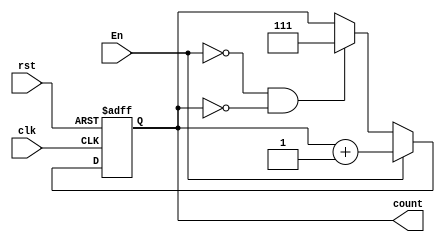
`timescale 1ns / 1ps
//////////////////////////////////////////////////////////////////////////////////
// Company: 
// Engineer: 
// 
// Design Name: 
// Module Name: Counter3Bit
// Project Name: 
// Target Devices: 
// Tool Versions: 
// Description: 
// 
// Dependencies: 
// 
// Revision:
// Revision 0.01 - File Created
// Additional Comments:
// 
//////////////////////////////////////////////////////////////////////////////////


module Counter3Bit(
input clk,
input rst,
input En,
output reg [2:0] count
);


always@(posedge clk, posedge rst)
begin
    if(rst==1) begin
        count<=0;
    end
    else if(En==1) count<=count+1;  
    else if(En==0&&count==0)
    count<=4'b1111;
             

end
endmodule